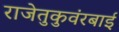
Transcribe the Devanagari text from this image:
राजेतुकुवंरबाई